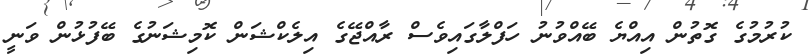
ކުރުމުގެ ގޮތުން އިއްޔެ ބޭއްވުނު ހަފްލާގައިވެސް ރާއްޖޭގެ އިލެކްޝަން ކޮމިޝަނުގެ ބޭފުޅުން ވަނީ